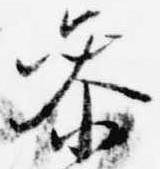
参